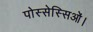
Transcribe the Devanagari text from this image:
पोस्सेस्सिओं।